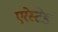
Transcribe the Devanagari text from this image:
एरेस्टेड